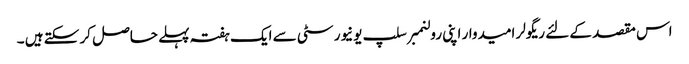
اس مقصد کے لئے ریگولر امیدوار اپنی رولنمبر سلپ یونیورسٹی سے ایک ہفتہ پہلے حاصل کر سکتے ہیں ۔